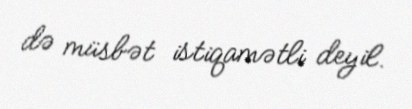
də müsbət istiqamətli deyil.